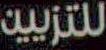
للتزيين